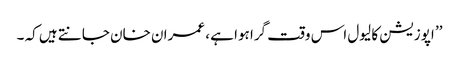
’’ اپوزیشن کا لیول اس وقت گرا ہوا ہے ، عمران خان جانتے ہیں کہ ۔